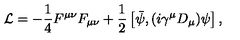
{ \cal L } = - \frac { 1 } { 4 } F ^ { \mu \nu } F _ { \mu \nu } + \frac { 1 } { 2 } \left[ \bar { \psi } , ( i \gamma ^ { \mu } D _ { \mu } ) \psi \right] ,